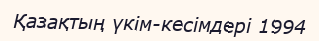
Қазақтың үкім-кесімдері 1994